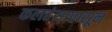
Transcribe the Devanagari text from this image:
कलहंसापासून